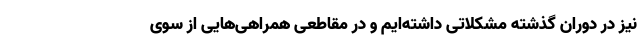
نیز در دوران گذشته مشکلاتی داشته‌ایم و در مقاطعی همراهی‌هایی از سوی